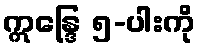
ဣန္ဒြေ ၅-ပါးကို